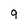
Character: 9